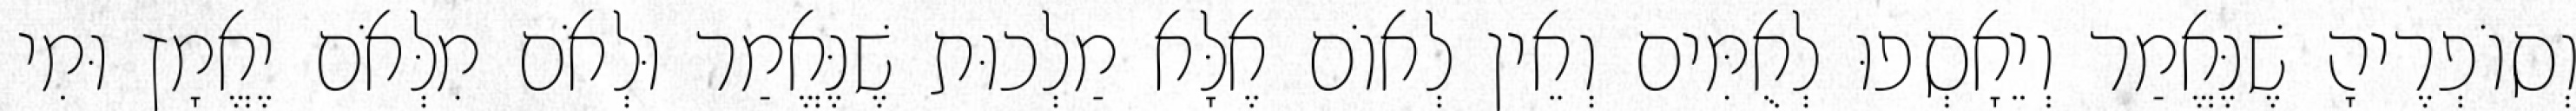
וְסוֹפְרֶיהָ שֶׁנֶּאֱמַר וְיֵאָסְפוּ לְאֻמִּים וְאֵין לְאוֹם אֶלָּא מַלְכוּת שֶׁנֶּאֱמַר וּלְאֹם מִלְּאֹם יֶאֱמָץ וּמִי